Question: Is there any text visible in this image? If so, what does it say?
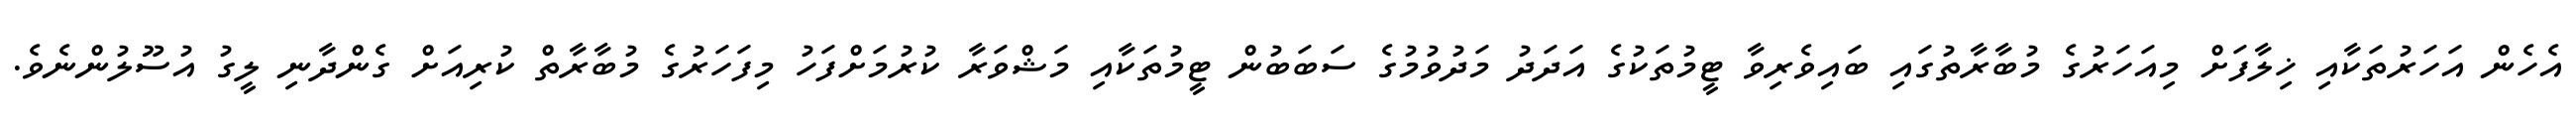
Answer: އެހެން އަހަރުތަކާއި ޚިލާފަށް މިއަހަރުގެ މުބާރާތުގައި ބައިވެރިވާ ޓީމުތަކުގެ އަދަދު މަދުވުމުގެ ސަބަބުން ޓީމުތަކާއި މަޝްވަރާ ކުރުމަށްފަހު މިފަހަރުގެ މުބާރާތް ކުރިއަށް ގެންދާނި ލީގު އުސޫލުންނެވެ.